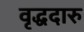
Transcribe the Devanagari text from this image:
वृद्धदारु